Black-water fever - Number 35
Disease focus: Fever
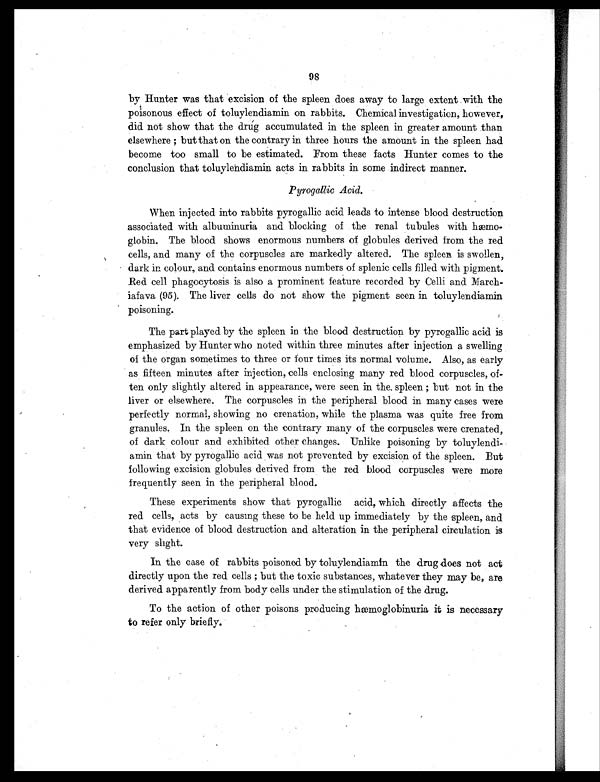
98
by Hunter was that excision of the spleen does away to large extent with the
poisonous effect of toluylendiamin on rabbits. Chemical investigation, however,
did not show that the drug accumulated in the spleen in greater amount than
elsewhere ; but that on the contrary in three hours the amount in the spleen had
become too small to be estimated. From these facts Hunter comes to the
conclusion that toluylendiamin acts in rabbits in some indirect manner.
Pyrogallic Acid.
When injected into rabbits pyrogallic acid leads to intense blood destruction
associated with albuminuria and blocking of the renal tubules with hæmo-
globin. The blood shows enormous numbers of globules derived from the red
cells, and many of the corpuscles are markedly altered. The spleen is swollen,
dark in colour, and contains enormous numbers of splenic cells filled with pigment.
Red cell phagocytosis is also a prominent feature recorded by Celli and March-
iafava (95). The liver cells do not show the pigment seen in toluylendiamin
poisoning.
The part played by the spleen in the blood destruction by pyrogallic acid is
emphasized by Hunter who noted within three minutes after injection a swelling
of the organ sometimes to three or four times its normal volume. Also, as early
as fifteen minutes after injection, cells enclosing many red blood corpuscles, of-
ten only slightly altered in appearance, were seen in the, spleen ; but not in the
liver or elsewhere. The corpuscles in the peripheral blood in many cases were
perfectly normal, showing no crenation, while the plasma was quite free from
granules. In the spleen on the contrary many of the corpuscles were crenated,
of dark colour and exhibited other changes. Unlike poisoning by toluylendi-
amin that by pyrogallic acid was not prevented by excision of the spleen. But
following excision globules derived from the red blood corpuscles were more
frequently seen in the peripheral blood.
These experiments show that pyrogallic acid, which directly affects the
red cells, acts by causing these to be held up immediately by the spleen, and
that evidence of blood destruction and alteration in the peripheral circulation is
very slight.
In the case of rabbits poisoned by toluylendiamin the drug does not act
directly upon the red cells ; but the toxic substances, whatever they may be, are
derived apparently from body cells under the stimulation of the drug.
To the action of other poisons producing hæmoglobinuria it is necessary
to refer only briefly.